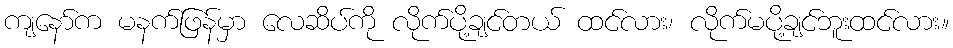
ကျနော်က မနက်ဖြန်မှာ လေဆိပ်ကို လိုက်ပို့ချင်တယ် ထင်လား၊ လိုက်မပို့ချင်ဘူးထင်လား။